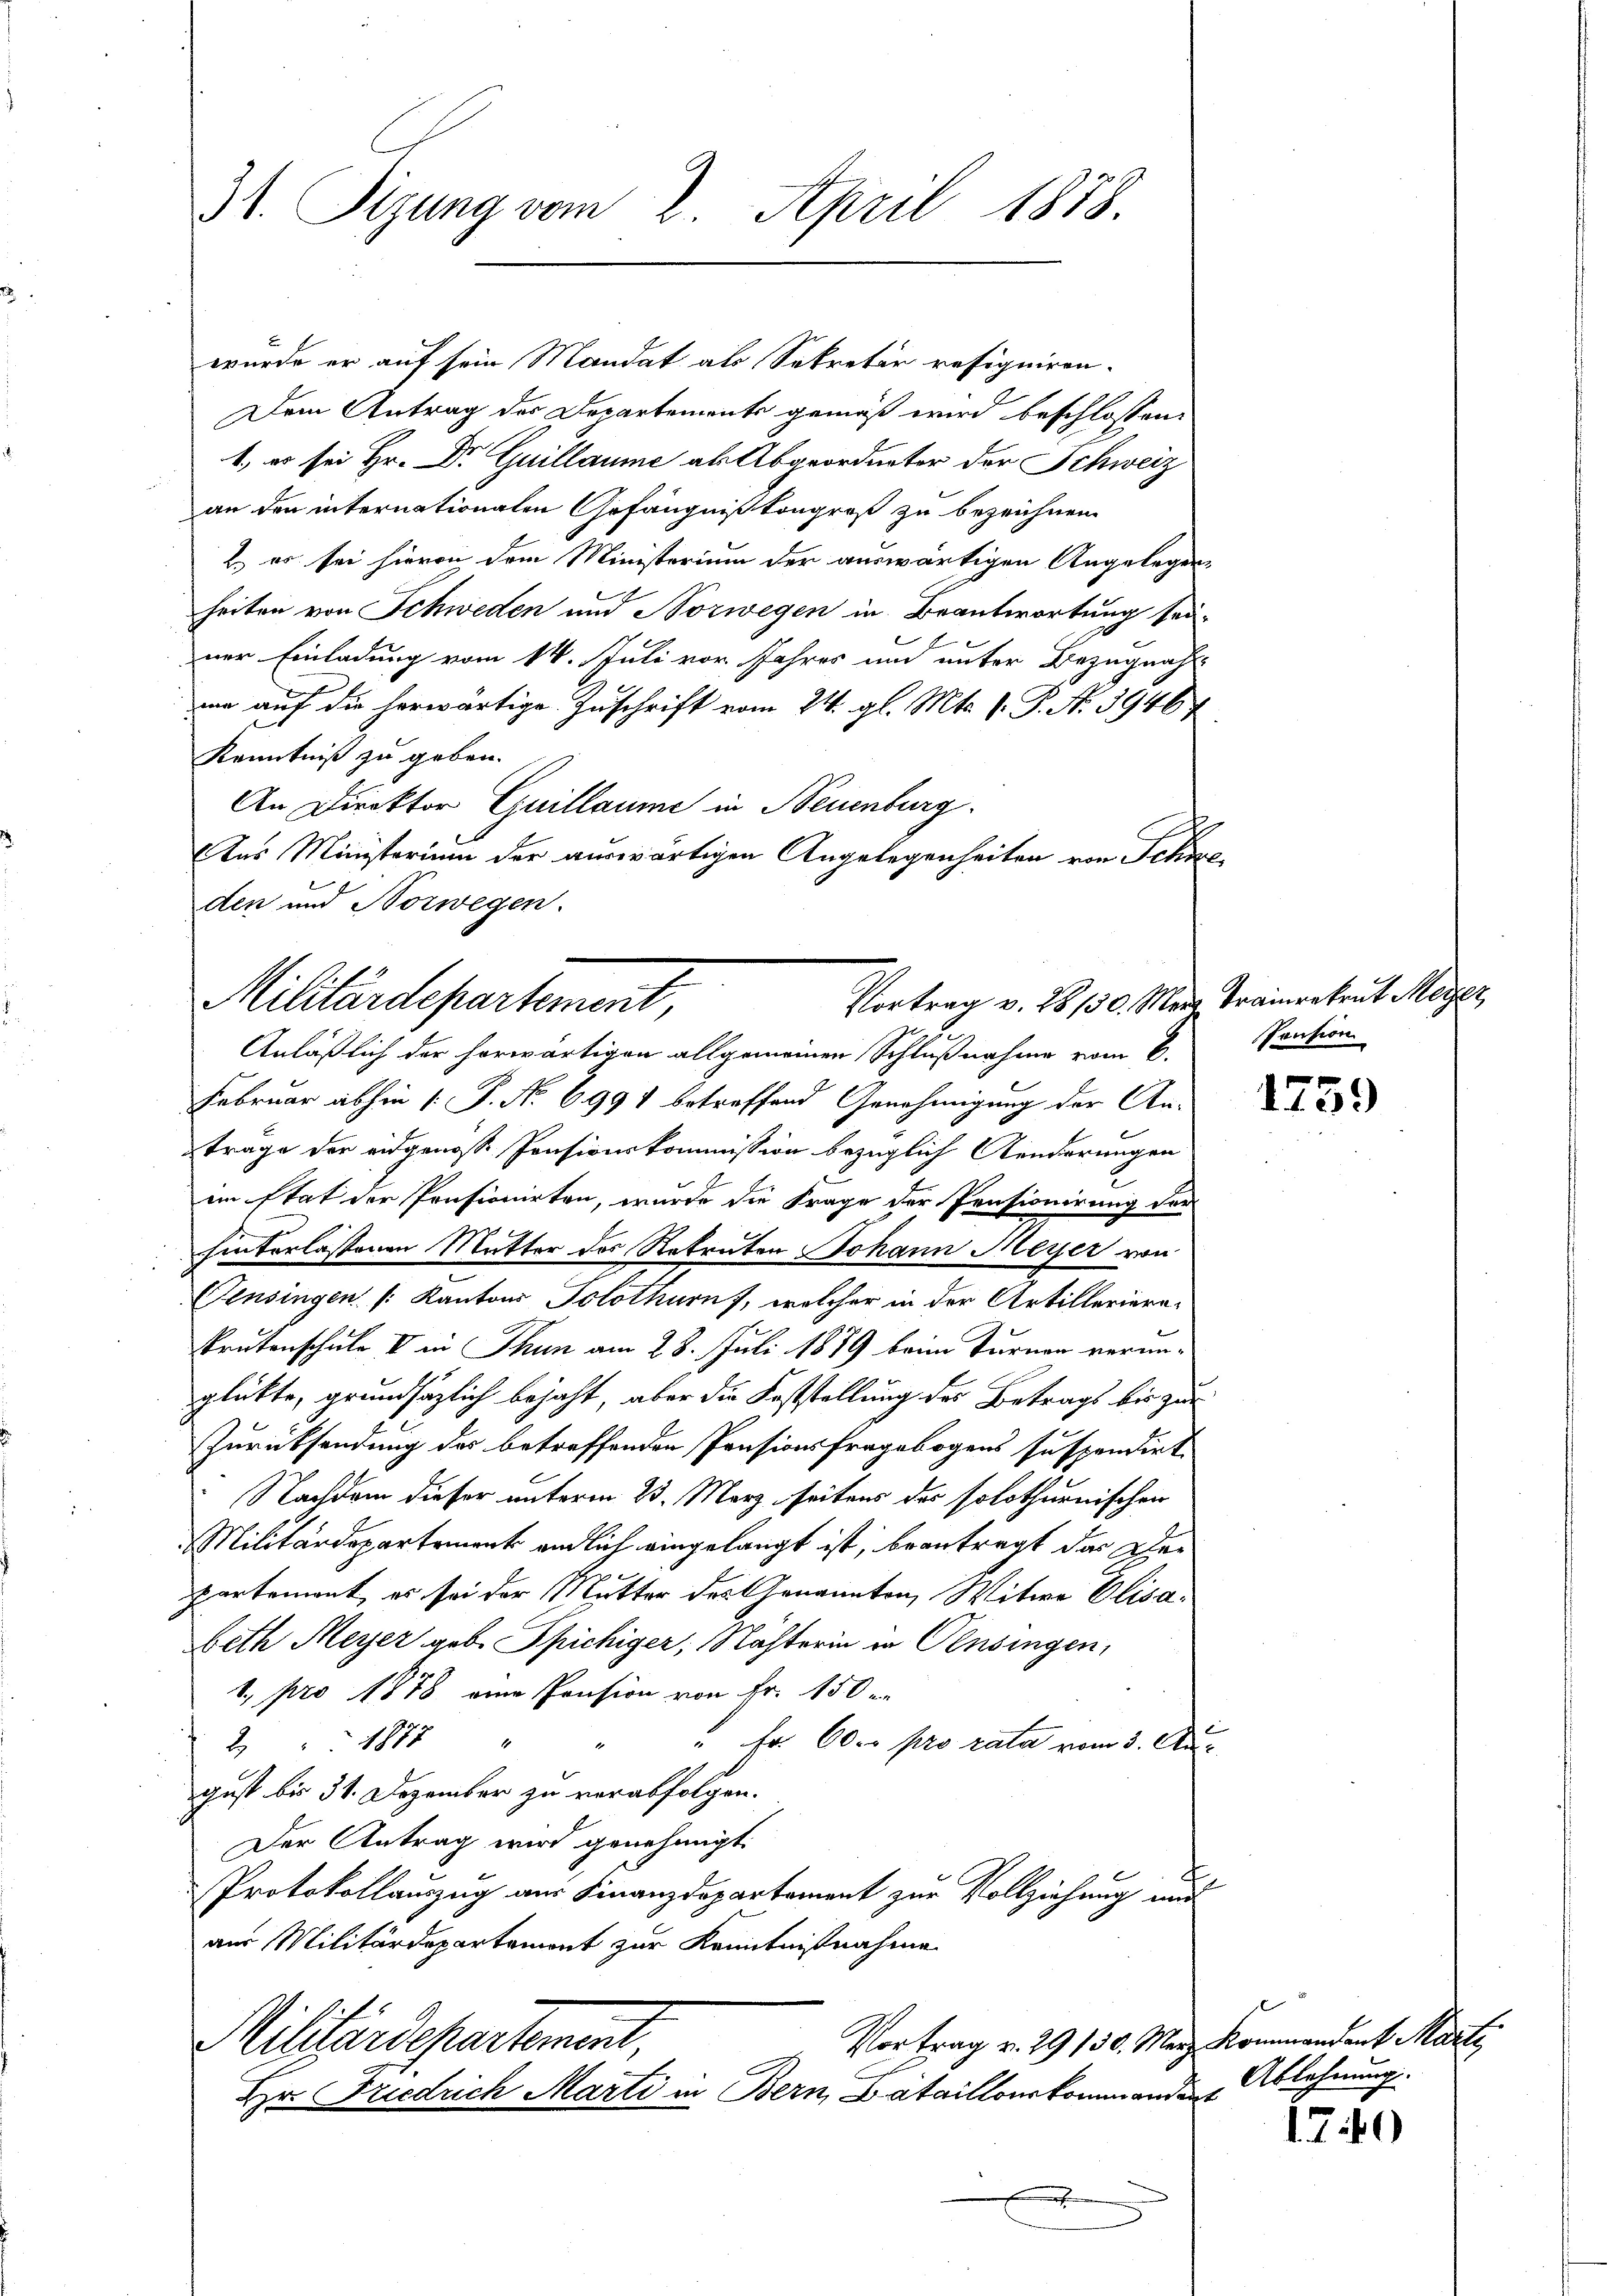
31. Sigung vom 2. April 1878.

wurde er auf sein Mandat als Sekretär resigniren.
Dem Antrag der Departemente gemäß wird beschlossen:
1., es sei Hr. Dr Guillaume als Abgeordneter der Schweiz
an den internationalen Gefängnißkongreß zu bezeichnen.
2. er sei hievon dem Ministerium der auswärtigen Angelegen-
heiten von Schweden und Norwegen in Beantwortung sei-
ner Einladung vom 14. Juli vor Jahres und unter Bezugnah
me auf die herwärtige Zuschrift vom 24. gl. Mts. 1. P. N. 39467
Kenntniß zu geben.
An Direktor Guillaume in Neuenburg.
Ins Ministerium der auswärtigen Angelegenheiten von Eckero
den und Norwegen.

Vortrag v. 28. 130. Mais Trainrekrut Meyer
Militärdepartement,

Anläßlich der horwärtigen allgemeinen Schlußnahme vom 6.
Februar abhin (: P. Nr. 6991 betreffend Genehmigung der Antrage der eidgenosse Pensionskommission bezüglich Aenderungen
im stat der Pensionirten, wurde die Frage der Pensionirung der
hinterlassenen Mutter der Rekruten Johann Meyer von
Pensingen. (Kantons Solothurn, welcher in der Artillerierekrutenschule V in Thun am 28. Juli 1879 beim Turnen verunglückte, grundsätzlich bejaht, aber die Feststellung des Betrags bis zur
Zurücksendung des betreffenden Pensionsfragebogens suspendirt.
Nachdem dieser unterm 23. März seitens des solothurnischen
Militärdepartement endlich eingelangt ist, beantragt das Der
partemont, es sei der Mutter des Genannten, Witwe Elisa¬
Beth Meyer geb. Spichiger, Nachterin in Pensingen,
1., pro 1878 eine Pension von Fr. 150 er
" Fr. 600 pro rata vom 3. Au¬
2 1875 "
gust bis 31. Dezember zu verabfolgen.
Der Antrag wird genehmigt.
Protokollauszug aus Finanzdepartement zur Vollziehung au
aus Militärdepartement zur Kenntnißnahme

Vortrag v. 29 130. Merz Kommandant Marti
Militärdepartement
Hr. Friedrich Marti in Bern, Bataillonskommandant

Pension

.

1759

Ablehnung

1740